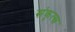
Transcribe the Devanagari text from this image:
संकृत्स्न